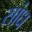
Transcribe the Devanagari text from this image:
सांध